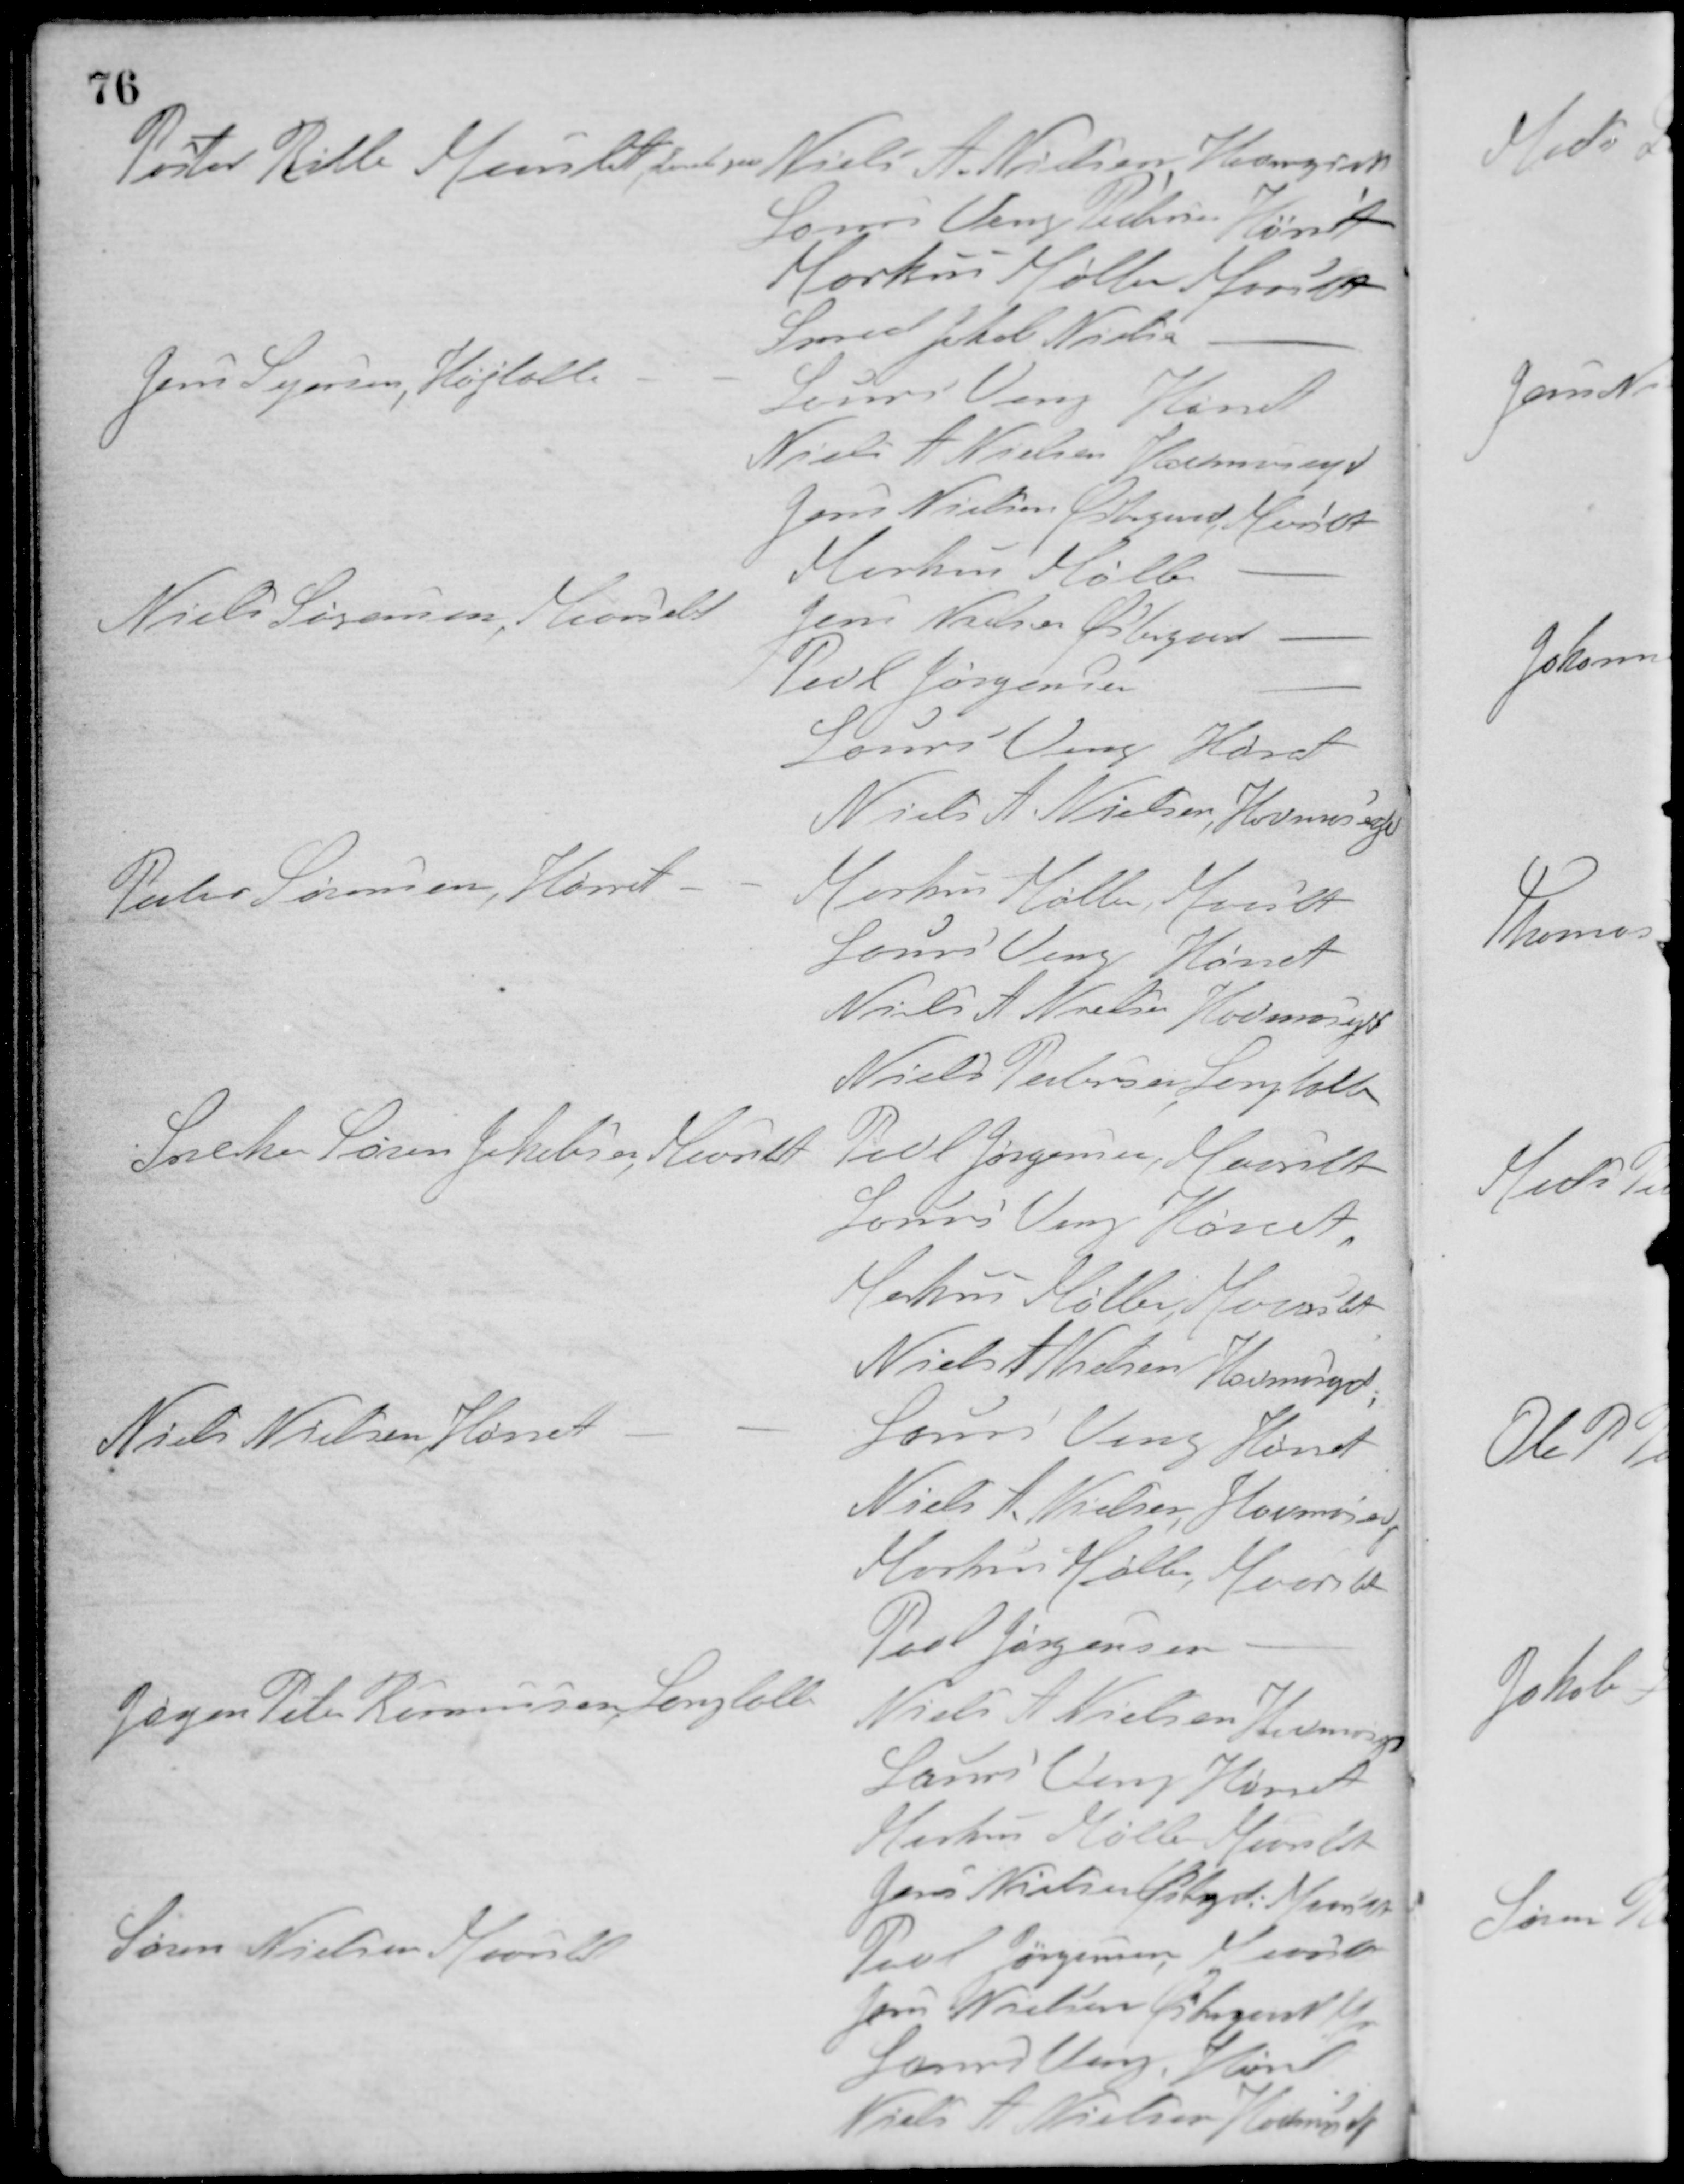
Transskription:
Pastor Bille, Maarslet stemte paa
Niels A. Nielsen, Havmose
Laurs Veng Pedersen, Hørret
Markus Møller, Maarslet
Smed Jakob Nielsen, -
Jens Sejersen, Højballe - -
Laurs Veng, Hørret
Niels A. Nielsen, Havmosegd.
Jens Nielsen Østergaard, Maarslet
Markus Møller, -
Niels Sørensen, Maarslet
Jens Nielsen Østergaard, -
Povl Jørgensen, -
Laurs Veng, Hørret
Niels A. Nielsen, Havmosegd.
Peter Sørensen, Hørret
Markus Møller, Maarslet
Laurs Veng, Hørret
Niels A. Nielsen, Havmosegd.
Niels Pedersen, Langballe
Snedker Søren Jakobsen, Maarslet
Povl Jørgensen, Maarslet
Laurs Veng, Hørret
Markus Møller, Maarslet
Niels A. Nielsen, Havmosegd.
Niels Nielsen, Hørret
Laurs Veng, Hørret
Niels A. Nielsen, Havmosegd.
Markus Møller, Maarslet
Povl Jørgensen, -
Jørgen Peter Rasmussen, Langballe
Niels A. Nielsen, Havmosegd.
Laurs Veng, Hørret
Markus Møller, Maarslet
Jens Nielsen Østergaard, Maarslet
Søren Nielsen, Maarslet
Povl Jørgensen, Maarslet
Jens Nielsen Østergaard, Maarslet
Laurs Veng, Hørret
Niels A. Nielsen, Havmosegd.